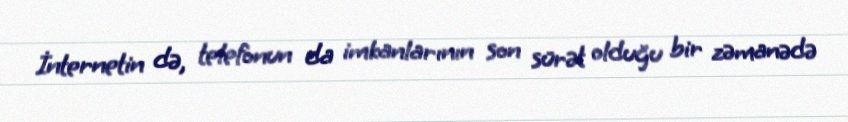
İnternetin də, telefonun da imkanlarının son sürət olduğu bir zəmanədə